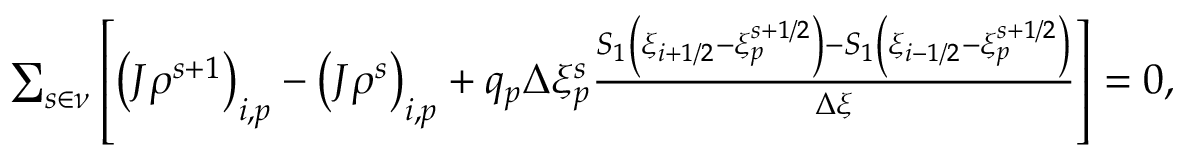
\begin{array} { r } { \sum _ { s \in \nu } \left[ \left( J \rho ^ { s + 1 } \right) _ { i , p } - \left( J \rho ^ { s } \right) _ { i , p } + q _ { p } \Delta \xi _ { p } ^ { s } \frac { S _ { 1 } \left( \xi _ { i + 1 / 2 } - \xi _ { p } ^ { s + 1 / 2 } \right) - S _ { 1 } \left( \xi _ { i - 1 / 2 } - \xi _ { p } ^ { s + 1 / 2 } \right) } { \Delta \xi } \right] = 0 , } \end{array}